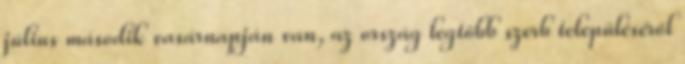
július második vasárnapján van, az ország legtöbb szerb településéről